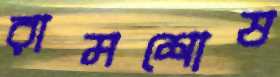
রামশোষ